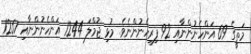
މަތީގެ 69 އަންހެނުންނާއި 92 ފިރިހެނުންނެވެ. މުޅި ޖުމްލަ 1244 އަންހެނުންނާއި 1267